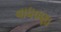
વાધવણા